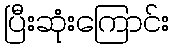
ပြီးဆုံးကြောင်း